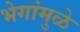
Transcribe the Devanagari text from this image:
भेगांमुळे